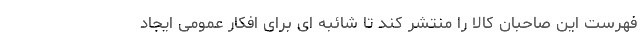
فهرست این صاحبان کالا را منتشر کند تا شائبه ای برای افکار عمومی ایجاد